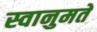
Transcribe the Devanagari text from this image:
स्वानुमते